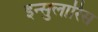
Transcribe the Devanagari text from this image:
इन्सुलारिस